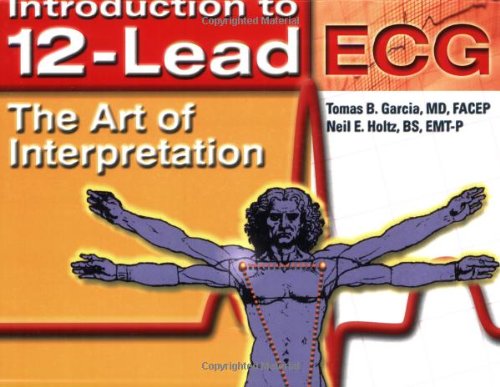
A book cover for Introduction To 12-Lead ECG:  The Art Of Interpretation (Garcia, Introduction to 12-Lead ECG); Tomas B. Garcia; Medical Books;